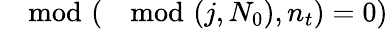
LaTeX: \mod(\mod(j,N_{0}),n_{t})=0)